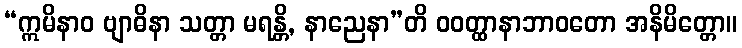
“ဣမိနာဝ ဗျာဓိနာ သတ္တာ မရန္တိ, နာညေနာ”တိ ဝဝတ္ထာနာဘာဝတော အနိမိတ္တော။